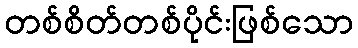
တစ်စိတ်တစ်ပိုင်းဖြစ်သော